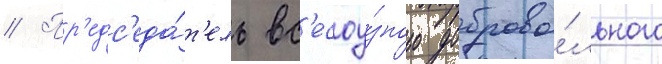
// Пр'едс'еда́т'ель вс'есоу́зного доброво́льного